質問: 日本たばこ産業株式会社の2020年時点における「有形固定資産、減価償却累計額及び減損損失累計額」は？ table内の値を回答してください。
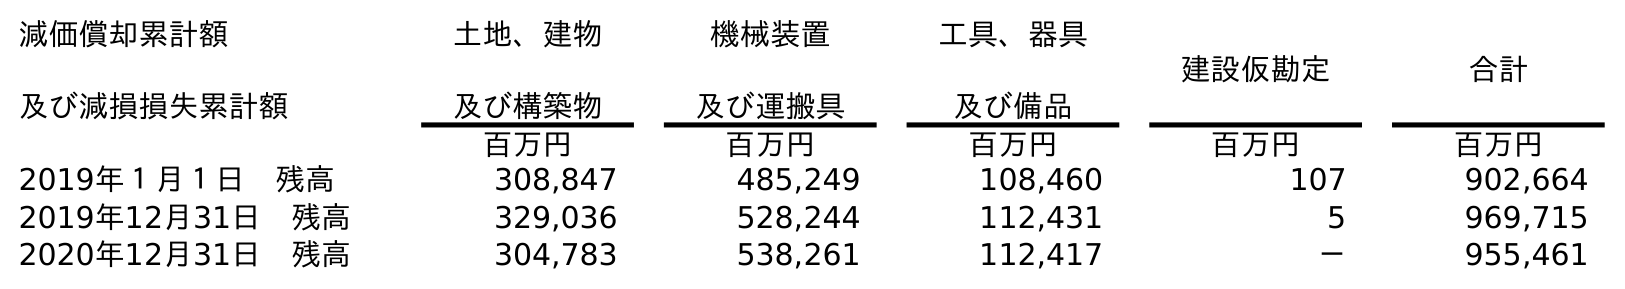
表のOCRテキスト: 減価償却累計額 及び減損損失累計額 土地、建物 及び構築物 機械装置 及び運搬具 工具、器具 及び備品 建設仮勘定 合計 百万円 百万円 百万円 百万円 百万円 2019年１月１日 残高 308,847 485,249 108,460 107 902,664 2019年12月31日 残高 329,036 528,244 112,431 5 969,715 2020年12月31日 残高 304,783 538,261 112,417 － 955,461
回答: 955,461